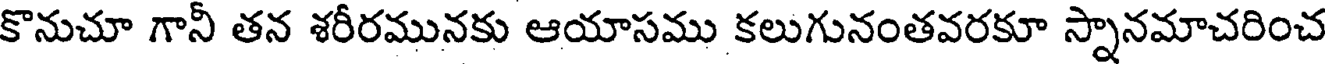
కొనుచూ గానీ తన శరీరమునకు ఆయాసము కలుగునంతవరకూ స్నానమాచరించ